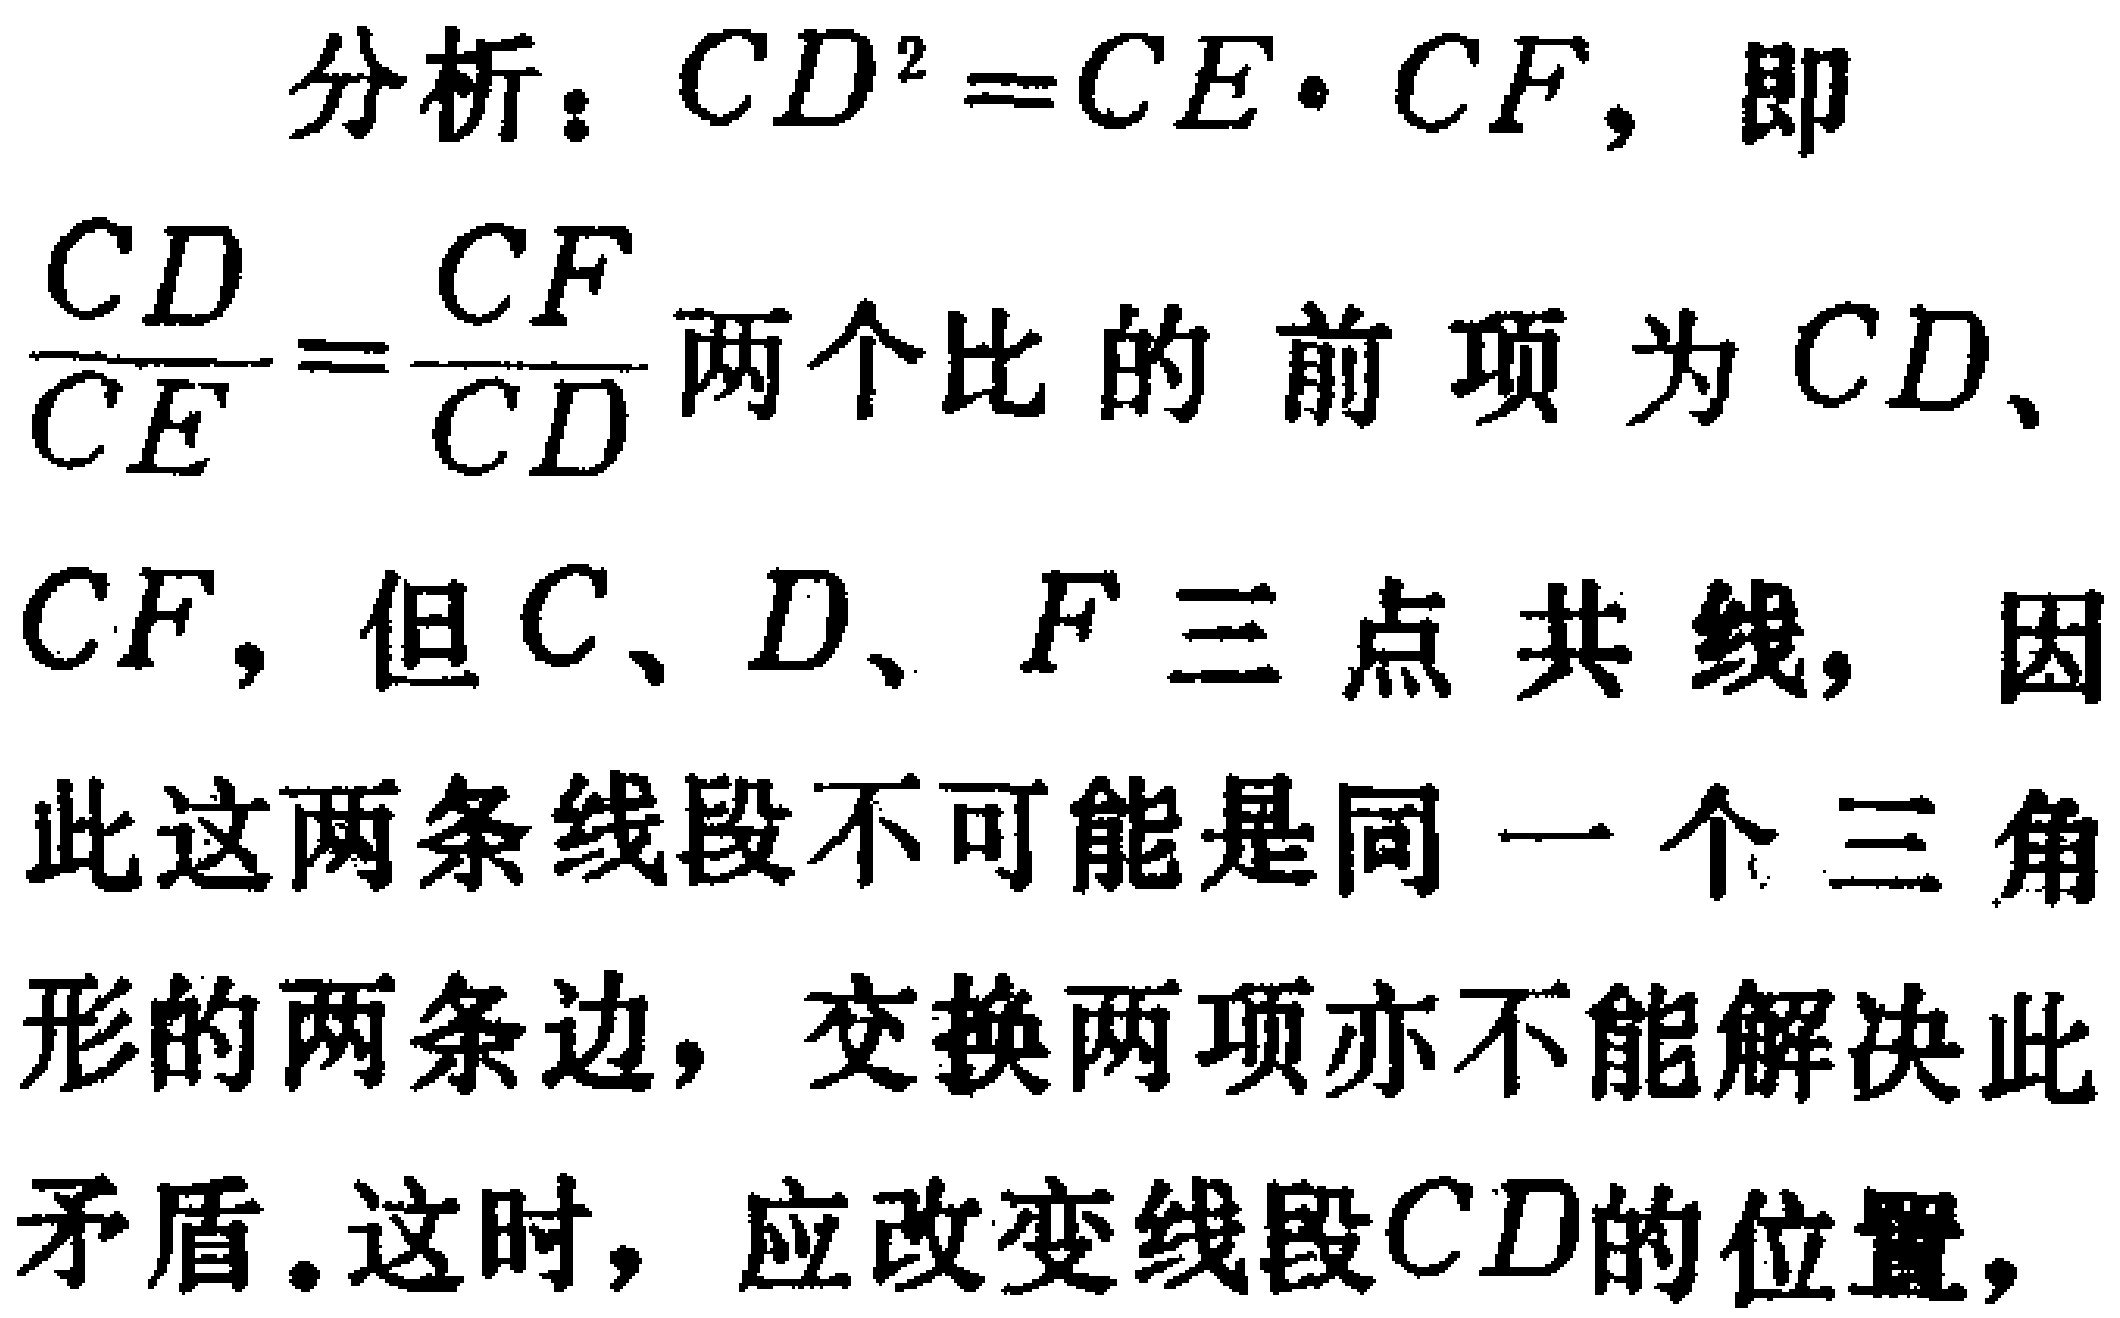
分析：\(CD^{2}=CE\cdot CF\)，即
\(\frac{CD}{CE}=\frac{CF}{CD}\)两个比的前项为\(CD\)、
\(CF\)，但\(C、D、F\)三点共线，因
此这两条线段不可能是同一个三角
形的两条边，交换两项亦不能解决此
矛盾。这时，应改变线段\(CD\)的位置，